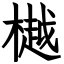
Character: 樾